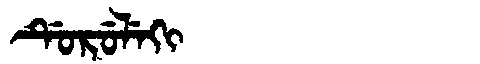
Manchu: ᡩᡠᡵᡠᠯᡝᡴᡳ
Romanization: DURULEKI